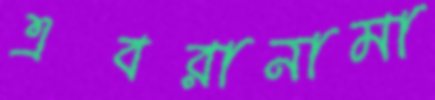
এবরানামা